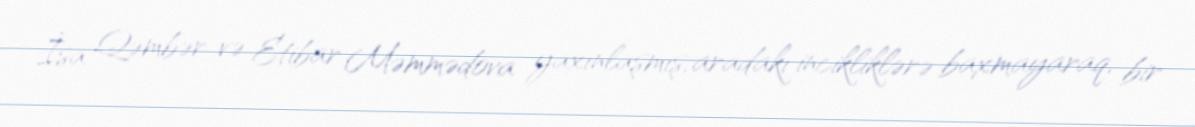
İsa Qəmbər və Etibar Məmmədova yaxınlaşmış, aradakı incikliklərə baxmayaraq, bir